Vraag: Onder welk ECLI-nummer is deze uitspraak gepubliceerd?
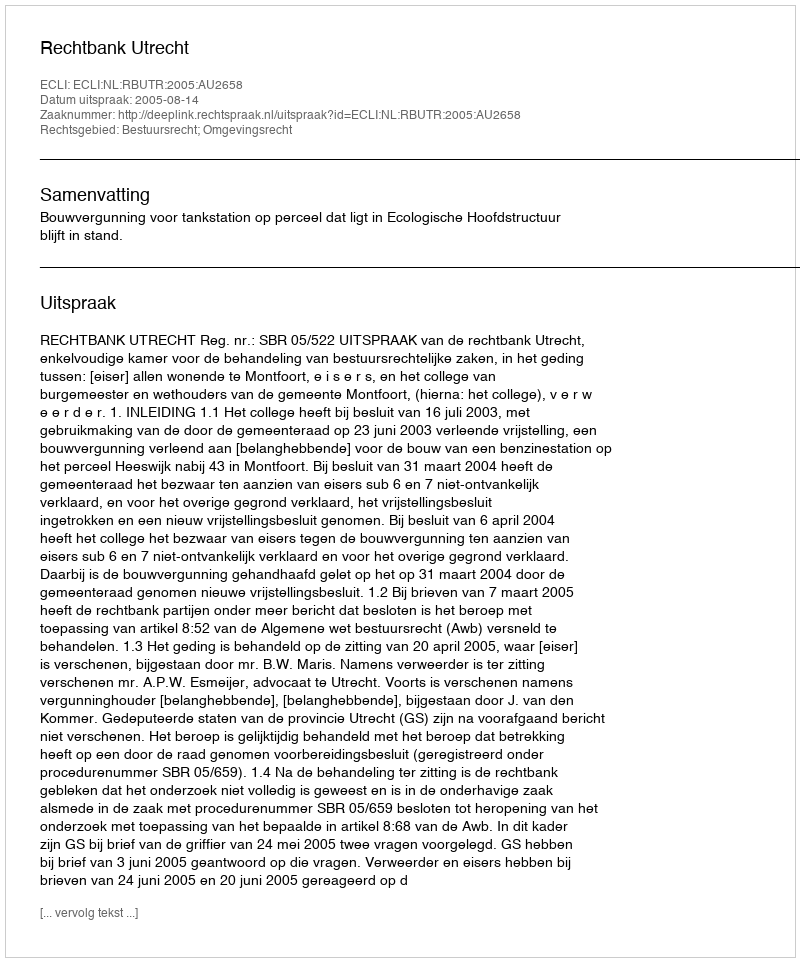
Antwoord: ECLI:NL:RBUTR:2005:AU2658